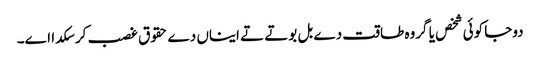
دوجا کوئی شخص یا گروہ طاقت دے بل بوتے تے ایناں دے حقوق غصب کر سکدا اے۔